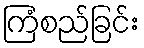
ကြံစည်ခြင်း